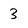
Character: 3